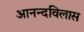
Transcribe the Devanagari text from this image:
आनन्दविलास